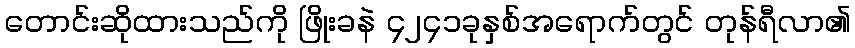
တောင်းဆိုထားသည်ကို ဖြိုးခနဲ ၄၂၄၁ခုနှစ်အရောက်တွင် တုန်ရီလာ၏